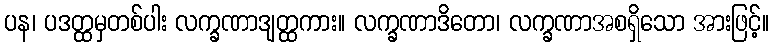
ပန၊ ပဒတ္ထမှတစ်ပါး လက္ခဏာဒျတ္ထကား။ လက္ခဏာဒိတော၊ လက္ခဏာအစရှိသော အားဖြင့်။